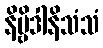
နိဗ္ဗိဒါနိသံသံ